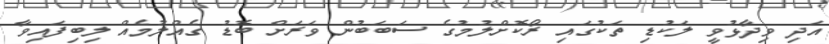
އަދި ވިދާޅުވީ ލަކުޑި ތަކުގައި ރޯކޮށްލުމުގެ ސަބަބުން ވަރަށް ބޮޑު ގެއްލުމެއް ލިބިފައިވާ